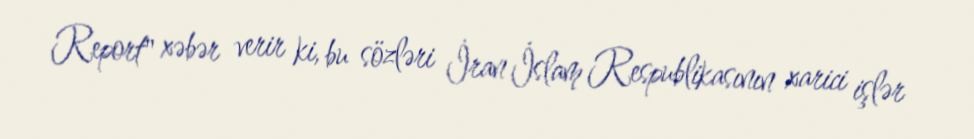
Report" xəbər verir ki, bu sözləri İran İslam Respublikasının xarici işlər